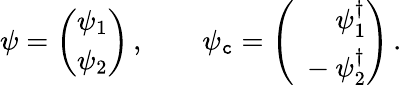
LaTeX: \psi=\left(\begin{array}{c}{{\psi_{1}}}\\ {{\psi_{2}}}\end{array}\right)\, ,\qquad\psi_{\mathtt{c}}=\left(\begin{array}{r}{{\psi_{1}^{\dagger}}}\\ {{\ -\psi_{2}^{\dagger}}}\end{array}\right)\, .